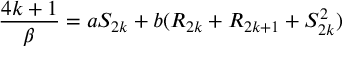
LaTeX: { \frac { 4 k + 1 } { \beta } } = a S _ { 2 k } + b ( R _ { 2 k } + R _ { 2 k + 1 } + S _ { 2 k } ^ { 2 } )